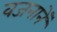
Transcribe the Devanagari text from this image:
वजनानें